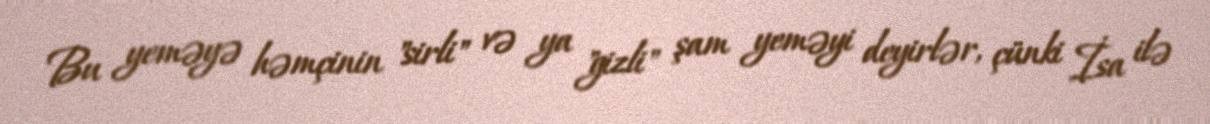
Bu yeməyə həmçinin "sirli" və ya "gizli" şam yeməyi deyirlər, çünki İsa ilə